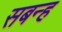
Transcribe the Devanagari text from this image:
सबन्ह